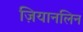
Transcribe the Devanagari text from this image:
ज़ियानलिन